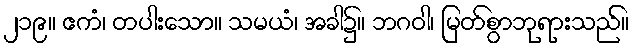
၂၁၉။ ဧကံ၊ တပါးသော။ သမယံ၊ အခါ၌။ ဘဂဝါ၊ မြတ်စွာဘုရားသည်။